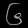
Digit: ၆